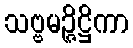
သဗ္ဗမဉ္ဇိဋ္ဌိကာ